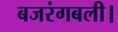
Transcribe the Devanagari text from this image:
बजरंगबली।